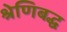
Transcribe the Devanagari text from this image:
श्रेणिबद्ध